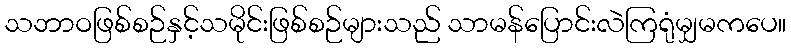
သဘာဝဖြစ်စဉ်နှင့်သမိုင်းဖြစ်စဉ်များသည် သာမန်ပြောင်းလဲကြရုံမျှမကပေ။